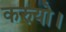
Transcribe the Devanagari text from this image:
करुयो।